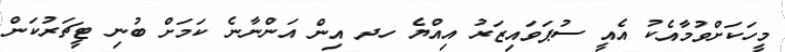
މީހަކަށްވުމާއެކު އެއީ ސުޕަވައިޒަރު އިއްޔެ ހދ އިން އަންނާނެ ކަމަށް ބުނި ޓީޗަރުކަން